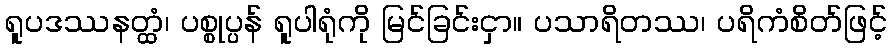
ရူပဒဿနတ္ထံ၊ ပစ္စုပ္ပန် ရူပါရုံကို မြင်ခြင်းငှာ။ ပသာရိတဿ၊ ပရိကံစိတ်ဖြင့်